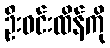
ဦးဝင်းထိန်ကို